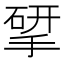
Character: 揅